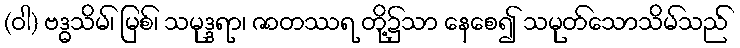
(ဝါ) ဗဒ္ဓသိမ်၊ မြစ်၊ သမုဒ္ဒရာ၊ ဇာတဿရ တို့၌သာ နေစေ၍ သမုတ်သောသိမ်သည်